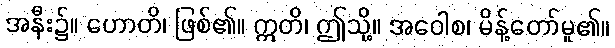
အနီး၌။ ဟောတိ၊ ဖြစ်၏။ ဣတိ၊ ဤသို့။ အဝေါစ၊ မိန့်တော်မူ၏။